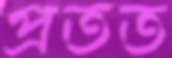
প্রতত